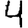
Digit: 4